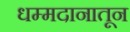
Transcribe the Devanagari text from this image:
धम्मदानातून